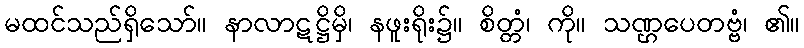
မထင်သည်ရှိသော်။ နာလာဋဋ္ဌိမှိ၊ နဖူးရိုး၌။ စိတ္တံ၊ ကို။ သဏ္ဌပေတဗ္ဗံ၊ ၏။